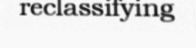
reclassifying